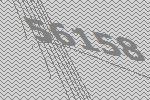
56158